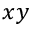
x y